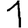
Digit: 1